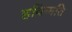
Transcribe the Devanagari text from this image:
हविष्मति